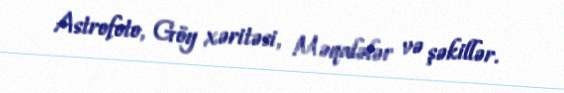
Astrofoto, Göy xəritəsi, Məqalələr və şəkillər.